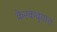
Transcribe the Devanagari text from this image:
केरकचर्‍यात